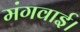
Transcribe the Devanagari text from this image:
मंगवाई।